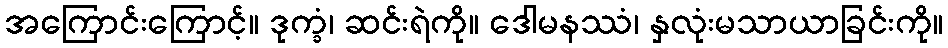
အကြောင်းကြောင့်။ ဒုက္ခံ၊ ဆင်းရဲကို။ ဒေါမနဿံ၊ နှလုံးမသာယာခြင်းကို။